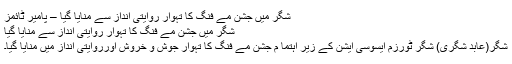
شگر میں جشن مے فنگ کا تہوار روایتی انداز سے منایا گیا – پامیر ٹائمز
شگر میں جشن مے فنگ کا تہوار روایتی انداز سے منایا گیا
شگر(عابد شگری) شگر ٹورزم ایسوسی ایشن کے زیر اہتما م جشن مے فنگ کا تہوار جوش و خروش اورروایتی انداز میں منایا گیا۔